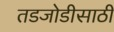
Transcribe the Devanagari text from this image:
तडजोडीसाठी